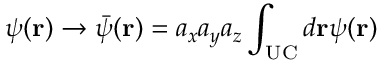
\psi ( \mathbf { r } ) \rightarrow \bar { \psi } ( \mathbf { r } ) = a _ { x } a _ { y } a _ { z } \int _ { \mathrm { U C } } d \mathbf { r } \psi ( \mathbf { r } )